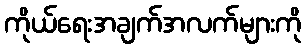
ကိုယ်ရေးအချက်အလက်များကို